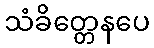
သံခိတ္တေနပေ